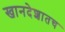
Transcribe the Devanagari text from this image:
खानदेशातच